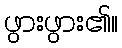
ဖွားဖွား၏။